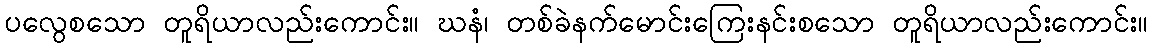
ပလွေစသော တူရိယာလည်းကောင်း။ ဃနံ၊ တစ်ခဲနက်မောင်းကြေးနင်းစသော တူရိယာလည်းကောင်း။